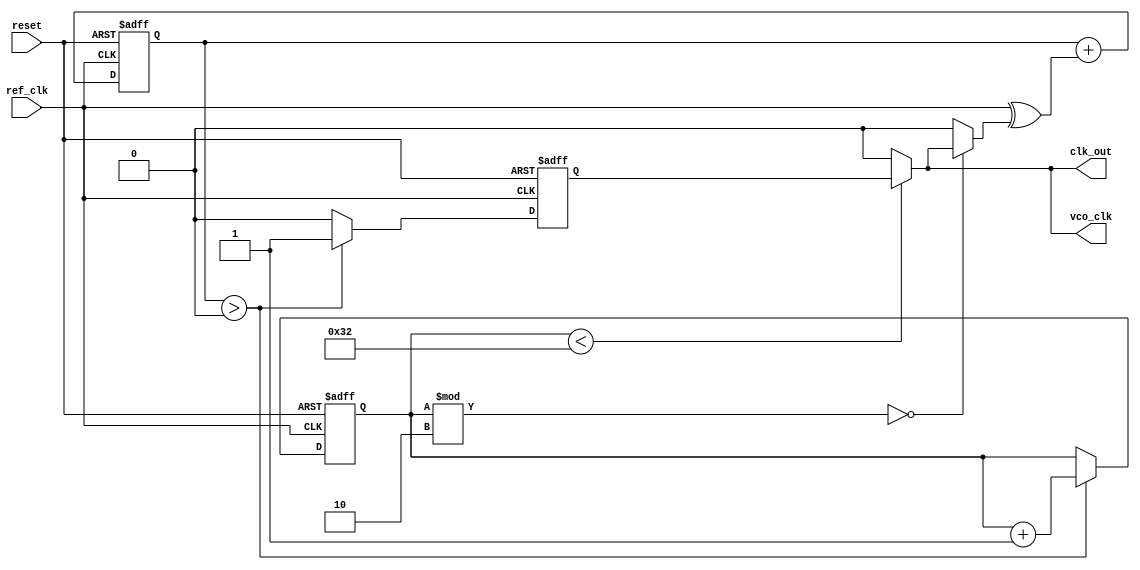
module dual_loop_pll (
    input wire ref_clk,            // Reference clock input
    input wire reset,              // Reset signal
    output wire vco_clk,           // VCO output clock
    output wire clk_out            // Buffered output clock
);

    // Parameters for the PLL
    parameter integer VCO_FREQUENCY = 100; // VCO frequency in MHz
    parameter integer DIVIDER = 2;          // Feedback divider ratio

    // Internal signals
    wire phase_error;                     // Phase error signal from PD
    wire control_voltage;                  // Control voltage for VCO
    wire feedback_clk;                     // Feedback clock for PD
    reg [31:0] vco_counter;                // VCO counter for clock generation
    reg [31:0] loop_filter;                // Loop filter output
    reg vco_enable;                        // VCO enable signal

    // Phase Detector (PD) - Simple XOR for phase comparison
    assign phase_error = ref_clk ^ feedback_clk;

    // Loop Filter (Outer Loop)
    always @(posedge ref_clk or posedge reset) begin
        if (reset) begin
            loop_filter <= 0;
        end else begin
            // Simple integrator for loop filter
            loop_filter <= loop_filter + phase_error;
        end
    end

    // Voltage-Controlled Oscillator (VCO)
    always @(posedge ref_clk or posedge reset) begin
        if (reset) begin
            vco_counter <= 0;
            vco_enable <= 1'b0;
        end else if (loop_filter > 0) begin
            vco_enable <= 1'b1; // Enable VCO when control voltage is positive
            vco_counter <= vco_counter + 1;
        end else begin
            vco_enable <= 1'b0; // Disable VCO when control voltage is zero or negative
        end
    end

    // Generate VCO clock output
    assign vco_clk = (vco_counter < (VCO_FREQUENCY / DIVIDER)) ? vco_enable : 1'b0;

    // Feedback Path
    assign feedback_clk = (vco_counter % DIVIDER == 0) ? vco_clk : 1'b0;

    // Output Buffer
    assign clk_out = vco_clk;

endmodule